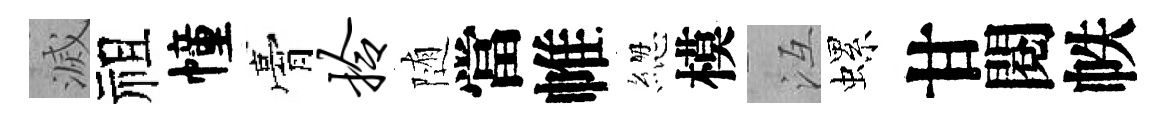
滅祖幢膏拎随當帷緫模冱螺甘閱帙